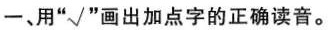
一、用“√”画出加点字的正确读音。